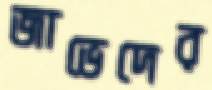
জাভেদের